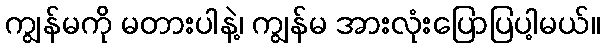
ကျွန်မကို မတားပါနဲ့၊ ကျွန်မ အားလုံးပြောပြပါ့မယ်။